Vaccination in Bombay 1889-1901 - 1889-1901
Year: 1889
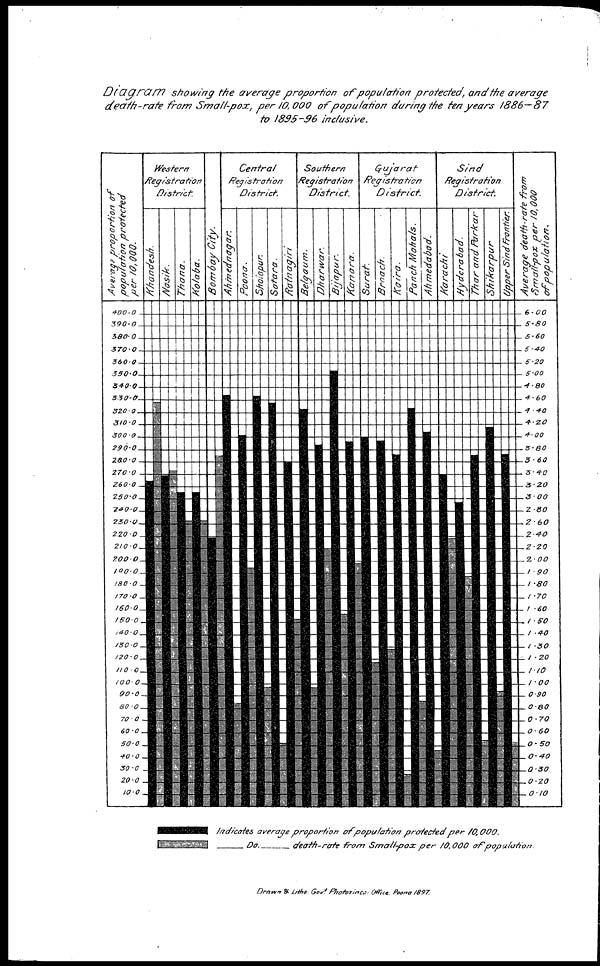
Diagram
showing the average proportion
of population protected, and the average
death-rate
from Small-pox,
per 10,000 of population
during the ten years
1886—87
to 1895-96
inclusive.